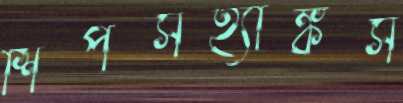
শিপসহ্যাঙ্কস